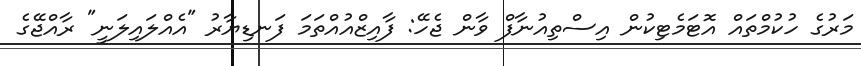
މަރުގެ ހުކުމްތައް އޮޓަމެޓިކުން އިސްތިއުނާފް ވާން ޖެހޭ: ފާއިޒްއުއްތަމަ ފަނޑިޔާރު "އެއްލައިލަނީ" ރާއްޖޭގެ